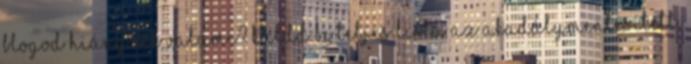
blogod Hiányzik valami? Küldd be Teljes lista Az akadálymentesített,